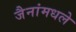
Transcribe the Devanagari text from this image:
जैनांमधले